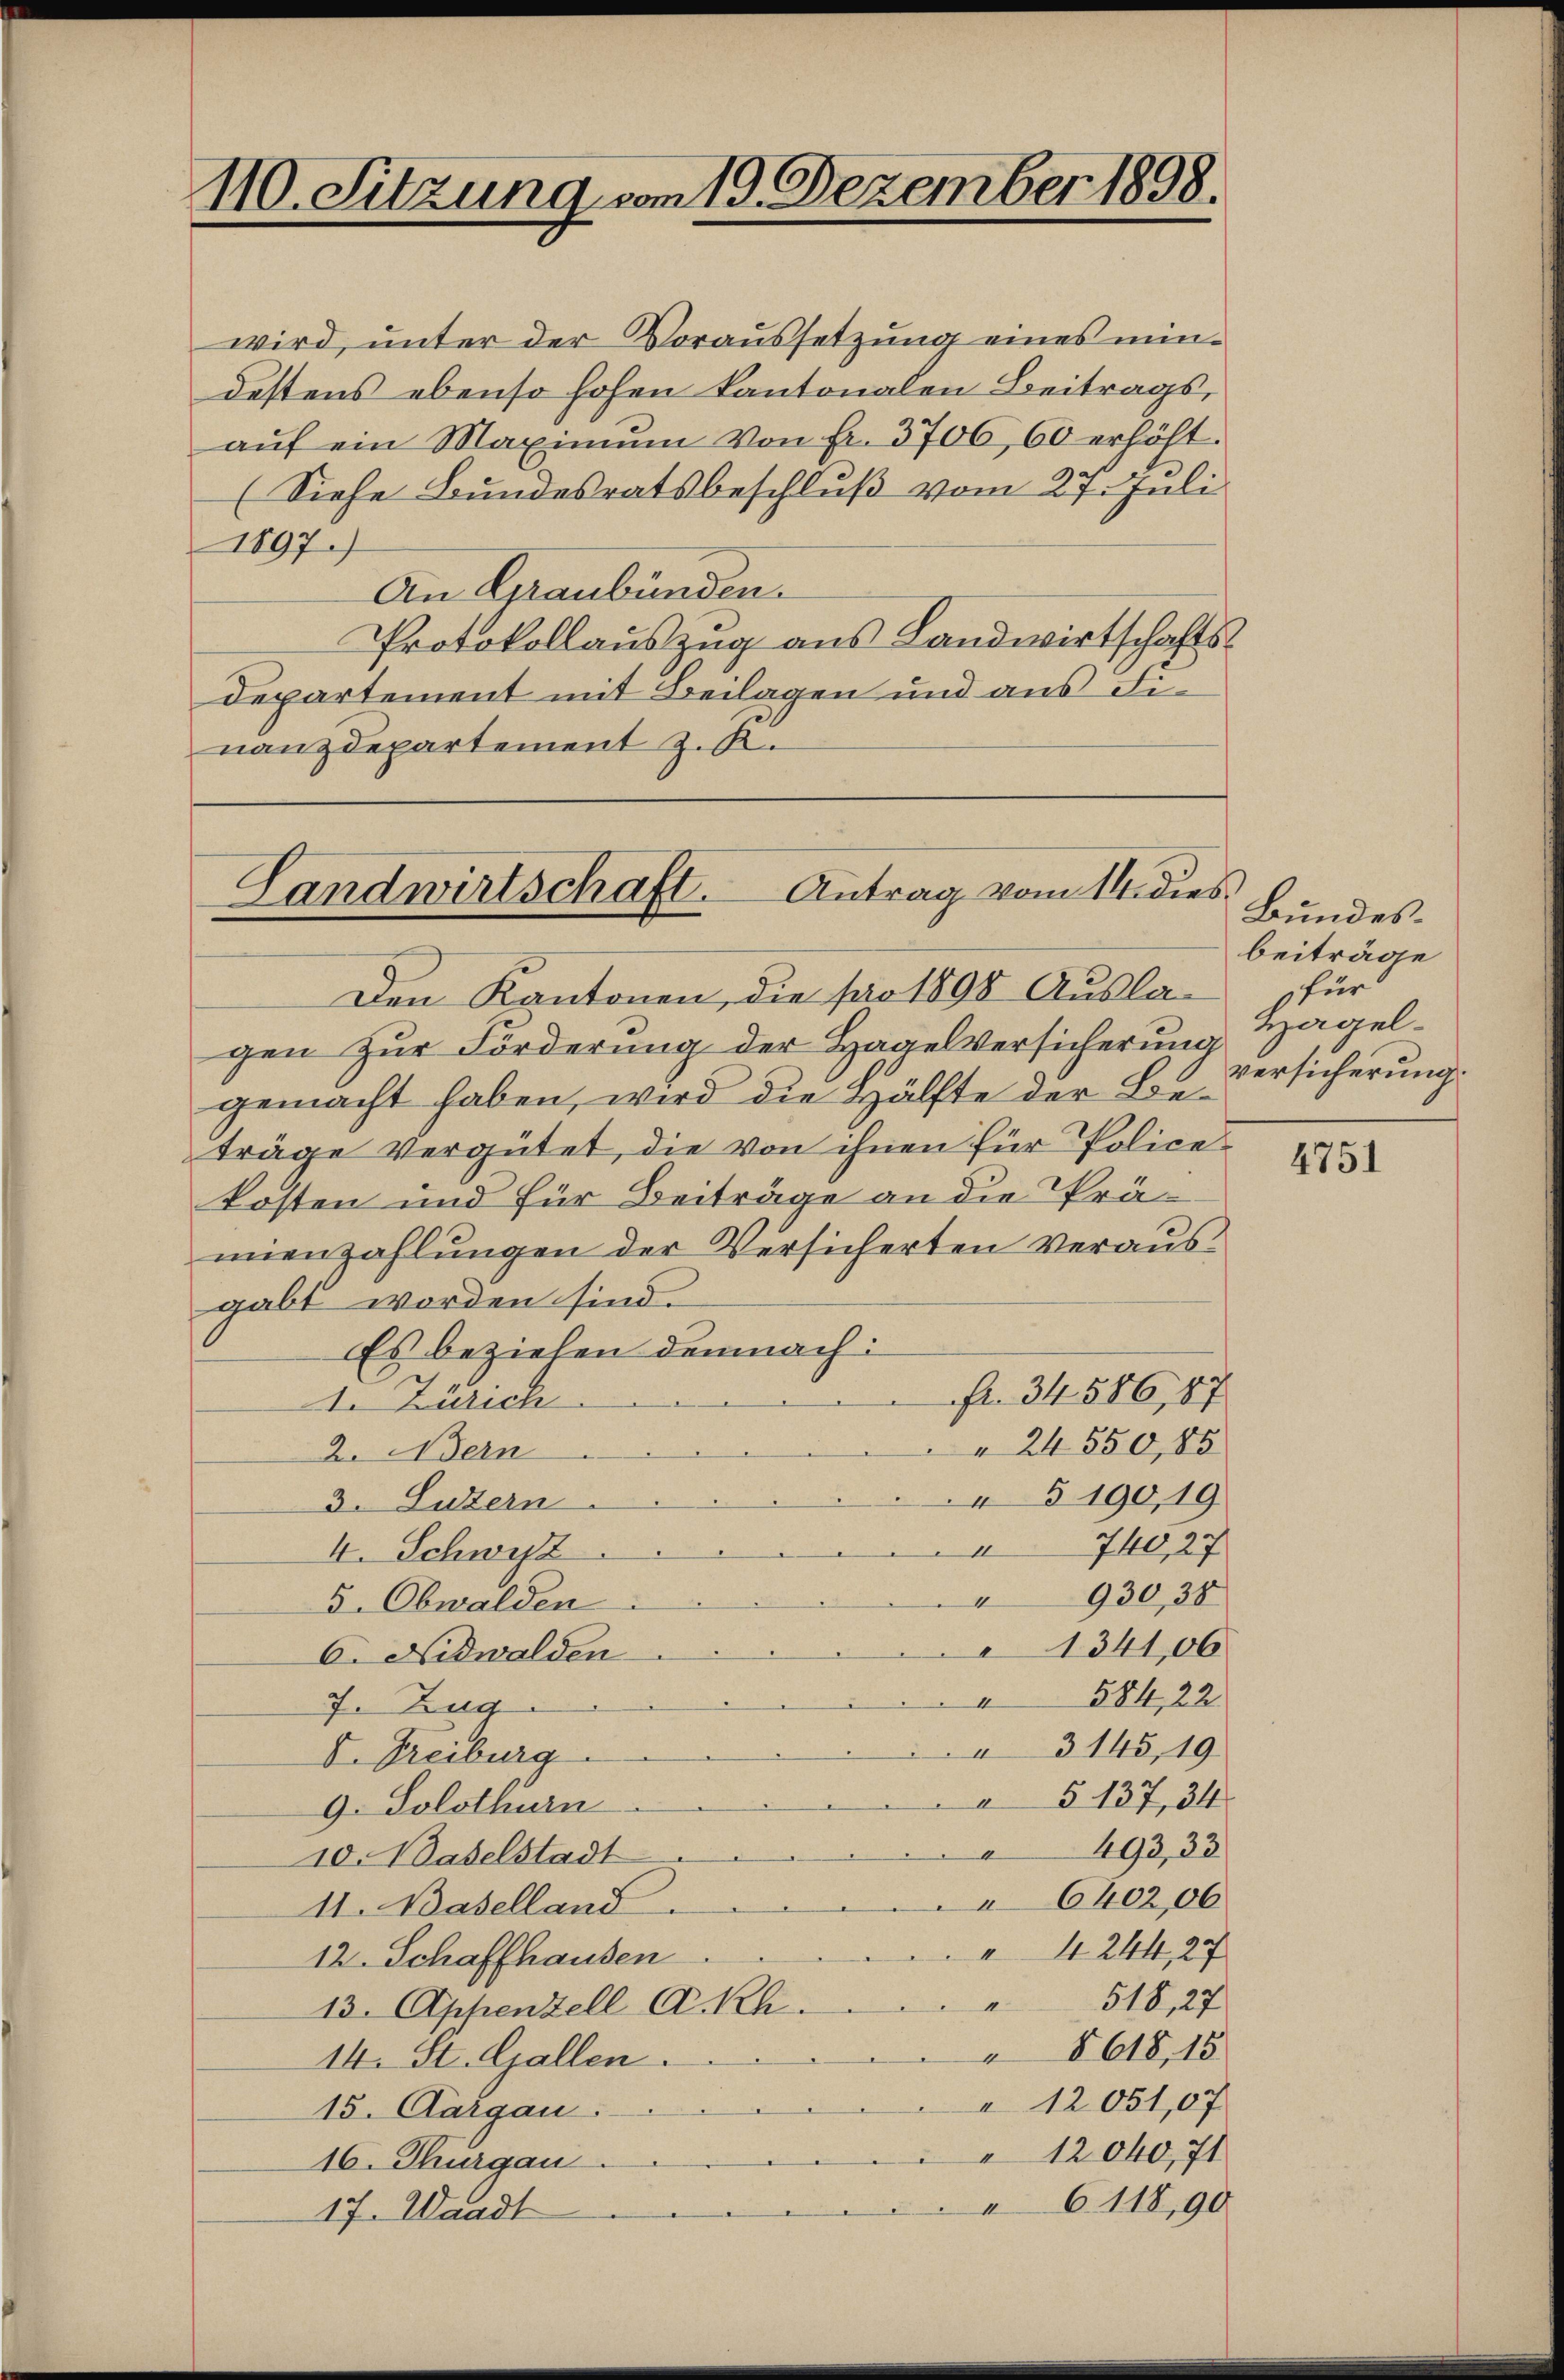
110. Sitzung vom 19. Dezember 1898.

Landwirtschaft. Antrag vom 14 dies

wird, unter der Voraussetzŭng eines min-
destens ebenso hohen kantonalen Beitrags,
aŭf ein Maximŭm von fr. 3706, 60 erhöht.
(Siehe Bundesratsbeschluß vom 27. Juli
1897.)
An Graubünden.
Protokollauszug aus Landwirtschaftsdepartement mit Beilagen und aus Finanzdepartement z. K.

Den Kantonen, die pro 1898 Auslagen zur Förderung der Hagelversicherung
gemacht haben, wird die Hälfte der Beträge vergütet, die von ihnen für Police
kosten und für Beiträge an die Prämmenzahlungen der Versicherten verausgabt worden sind.
Es beziehen demnach:
fr. 34586,87
1. Zürich
" 24550,85
2. Bern
§190,19
3. Luzern
740,27
I
I. Schwyz
930,38
I
5. Obwalden
1341,06
C. Nidwalden
584,22
7. Zug
3145, 19
d. Freiburg
 § 137, 34
9. Solothurn
493, 33
10. Baselstadt
6402,06
11. Baselland
4244,27
12. Schaffhausen
518, 27
13. Appenzell A.-Rh.
8618, 15
14. St. Gallen.
12051,07
15. Aargau.
12040, 71
16. Thurgau
6118,90
17. Waadt

Bundesbeiträge
für
Hagelversicherung.

4751